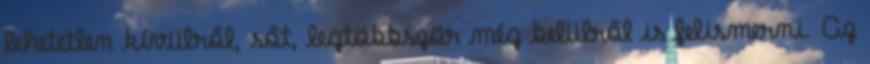
lehetetlen kívülről, sőt, legtöbbször még belülről is felismerni. Az